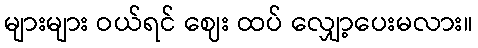
များများ ဝယ်ရင် ဈေး ထပ် လျှော့ပေးမလား။